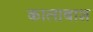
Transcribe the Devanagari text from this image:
कालाबाश